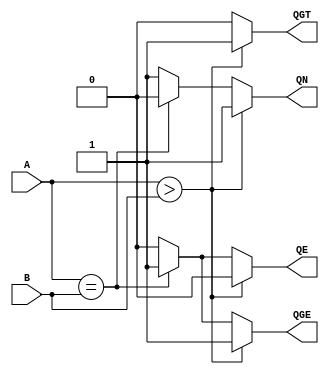

module cmpN
  #(parameter WID = 4)
   (input wire [WID-1:0] A,
    input wire [WID-1:0] B,
    output reg QE, QN, QGT, QGE
    /* */);

   always @(A, B)
      if (A > B) begin
	 QE = 0;
	 QN = 1;
	 QGT = 1;
	 QGE = 1;
      end else if (A == B) begin
	 QE = 1;
	 QN = 0;
	 QGT = 0;
	 QGE = 1;
      end else begin
	 QE = 0;
	 QN = 1;
	 QGT = 0;
	 QGE = 0;
      end

endmodule // add